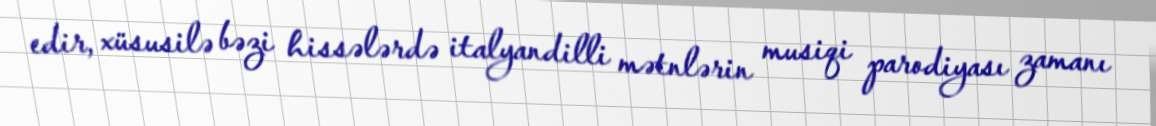
edir, xüsusilə bəzi hissələrdə italyandilli mətnlərin musiqi parodiyası zamanı